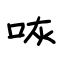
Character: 咴